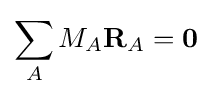
\sum _{A}M_{A}\mathbf {R} _{A}=\mathbf {0}